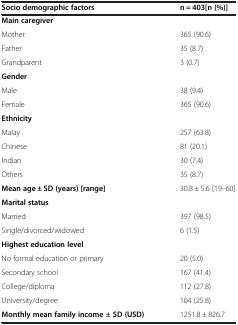
<table><thead><tr><td><b>Socio demographic factors</b></td><td><b>n = 403[n (%)]</b></td></tr></thead><tbody><tr><td><b>Main caregiver</b></td><td> </td></tr><tr><td>Mother</td><td>365 (90.6)</td></tr><tr><td>Father</td><td>35 (8.7)</td></tr><tr><td>Grandparent</td><td>3 (0.7)</td></tr><tr><td><b>Gender</b></td><td> </td></tr><tr><td>Male</td><td>38 (9.4)</td></tr><tr><td>Female</td><td>365 (90.6)</td></tr><tr><td><b>Ethnicity</b></td><td> </td></tr><tr><td>Malay</td><td>257 (63.8)</td></tr><tr><td>Chinese</td><td>81 (20.1)</td></tr><tr><td>Indian</td><td>30 (7.4)</td></tr><tr><td>Others</td><td>35 (8.7)</td></tr><tr><td><b>Mean age ± SD (years) [range]</b></td><td>30.8 ± 5.6 [19–60]</td></tr><tr><td><b>Marital status</b></td><td> </td></tr><tr><td>Married</td><td>397 (98.5)</td></tr><tr><td>Single/divorced/widowed</td><td>6 (1.5)</td></tr><tr><td><b>Highest education level</b></td><td> </td></tr><tr><td>No formal education or primary</td><td>20 (5.0)</td></tr><tr><td>Secondary school</td><td>167 (41.4)</td></tr><tr><td>College/diploma</td><td>112 (27.8)</td></tr><tr><td>University/degree</td><td>104 (25.8)</td></tr><tr><td><b>Monthly mean family income ± SD (USD)</b></td><td>1251.8 ± 826.7</td></tr></tbody></table>